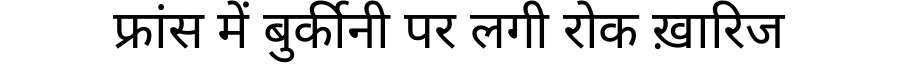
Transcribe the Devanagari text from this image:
फ्रांस में बुर्कीनी पर लगी रोक ख़ारिज